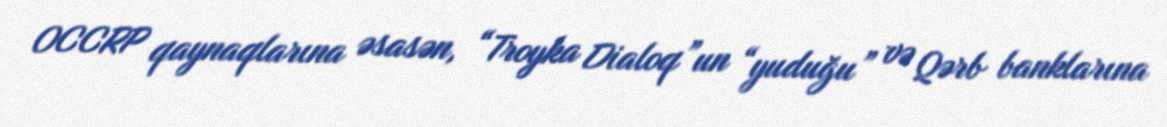
OCCRP qaynaqlarına əsasən, “Troyka Dialoq”un “yuduğu” və Qərb banklarına